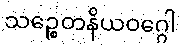
သဉ္စေတနိယဝဂ္ဂေါ